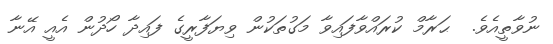
ނުވާތީއެވެ.  ޙަރާމް ކުރައްވާފައިވާ މަގުތަކުން ވިޔަފާރީގެ ފައިދާ ހޯދުން އެއީ އޭނާ